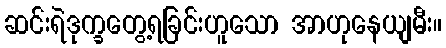
ဆင်းရဲဒုက္ခတွေ့ရခြင်းဟူသော အာဟုနေယျမီး။